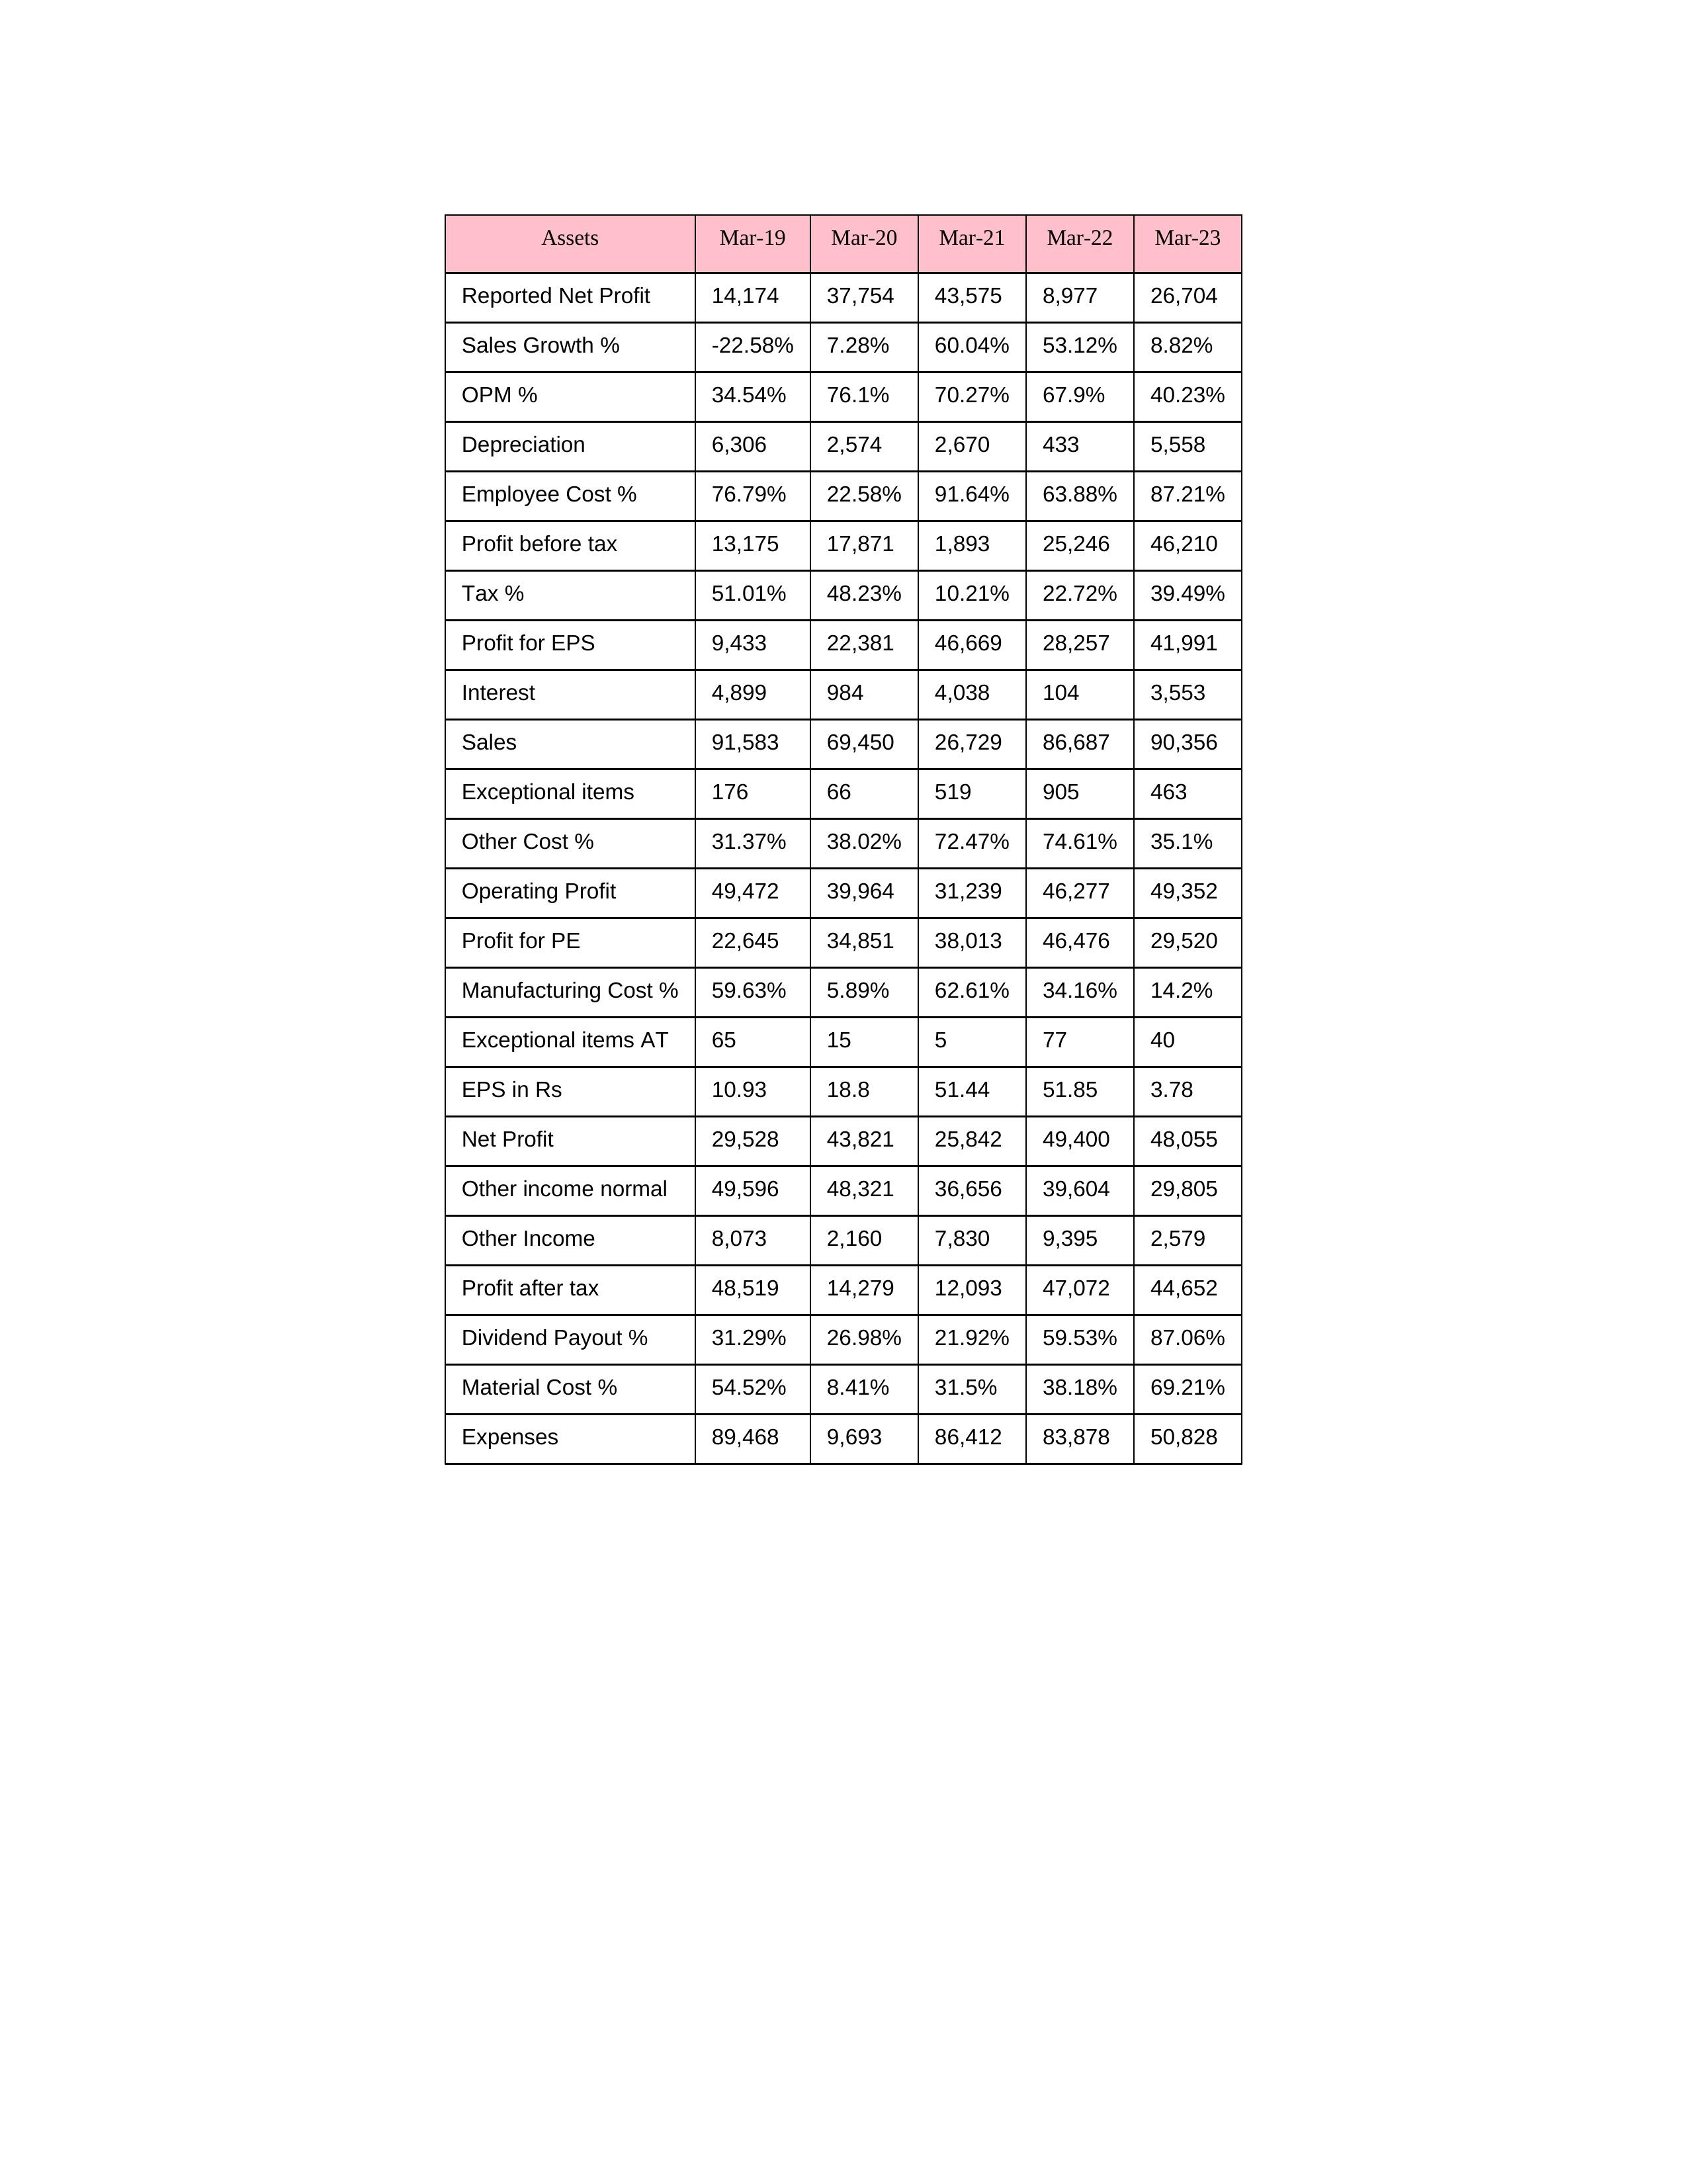
gt_parse: Mar-19: Sales: 91,583
Sales Growth %: -22.58%
Expenses: 89,468
Material Cost %: 54.52%
Manufacturing Cost %: 59.63%
Employee Cost %: 76.79%
Other Cost %: 31.37%
Operating Profit: 49,472
OPM %: 34.54%
Other Income: 8,073
Exceptional items: 176
Other income normal: 49,596
Interest: 4,899
Depreciation: 6,306
Profit before tax: 13,175
Tax %: 51.01%
Net Profit: 29,528
Profit after tax: 48,519
Reported Net Profit: 14,174
Profit for EPS: 9,433
Exceptional items AT: 65
Profit for PE: 22,645
EPS in Rs: 10.93
Dividend Payout %: 31.29%
Mar-20: Sales: 69,450
Sales Growth %: 7.28%
Expenses: 9,693
Material Cost %: 8.41%
Manufacturing Cost %: 5.89%
Employee Cost %: 22.58%
Other Cost %: 38.02%
Operating Profit: 39,964
OPM %: 76.1%
Other Income: 2,160
Exceptional items: 66
Other income normal: 48,321
Interest: 984
Depreciation: 2,574
Profit before tax: 17,871
Tax %: 48.23%
Net Profit: 43,821
Profit after tax: 14,279
Reported Net Profit: 37,754
Profit for EPS: 22,381
Exceptional items AT: 15
Profit for PE: 34,851
EPS in Rs: 18.8
Dividend Payout %: 26.98%
Mar-21: Sales: 26,729
Sales Growth %: 60.04%
Expenses: 86,412
Material Cost %: 31.5%
Manufacturing Cost %: 62.61%
Employee Cost %: 91.64%
Other Cost %: 72.47%
Operating Profit: 31,239
OPM %: 70.27%
Other Income: 7,830
Exceptional items: 519
Other income normal: 36,656
Interest: 4,038
Depreciation: 2,670
Profit before tax: 1,893
Tax %: 10.21%
Net Profit: 25,842
Profit after tax: 12,093
Reported Net Profit: 43,575
Profit for EPS: 46,669
Exceptional items AT: 5
Profit for PE: 38,013
EPS in Rs: 51.44
Dividend Payout %: 21.92%
Mar-22: Sales: 86,687
Sales Growth %: 53.12%
Expenses: 83,878
Material Cost %: 38.18%
Manufacturing Cost %: 34.16%
Employee Cost %: 63.88%
Other Cost %: 74.61%
Operating Profit: 46,277
OPM %: 67.9%
Other Income: 9,395
Exceptional items: 905
Other income normal: 39,604
Interest: 104
Depreciation: 433
Profit before tax: 25,246
Tax %: 22.72%
Net Profit: 49,400
Profit after tax: 47,072
Reported Net Profit: 8,977
Profit for EPS: 28,257
Exceptional items AT: 77
Profit for PE: 46,476
EPS in Rs: 51.85
Dividend Payout %: 59.53%
Mar-23: Sales: 90,356
Sales Growth %: 8.82%
Expenses: 50,828
Material Cost %: 69.21%
Manufacturing Cost %: 14.2%
Employee Cost %: 87.21%
Other Cost %: 35.1%
Operating Profit: 49,352
OPM %: 40.23%
Other Income: 2,579
Exceptional items: 463
Other income normal: 29,805
Interest: 3,553
Depreciation: 5,558
Profit before tax: 46,210
Tax %: 39.49%
Net Profit: 48,055
Profit after tax: 44,652
Reported Net Profit: 26,704
Profit for EPS: 41,991
Exceptional items AT: 40
Profit for PE: 29,520
EPS in Rs: 3.78
Dividend Payout %: 87.06%